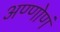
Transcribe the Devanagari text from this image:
अण्णोणं